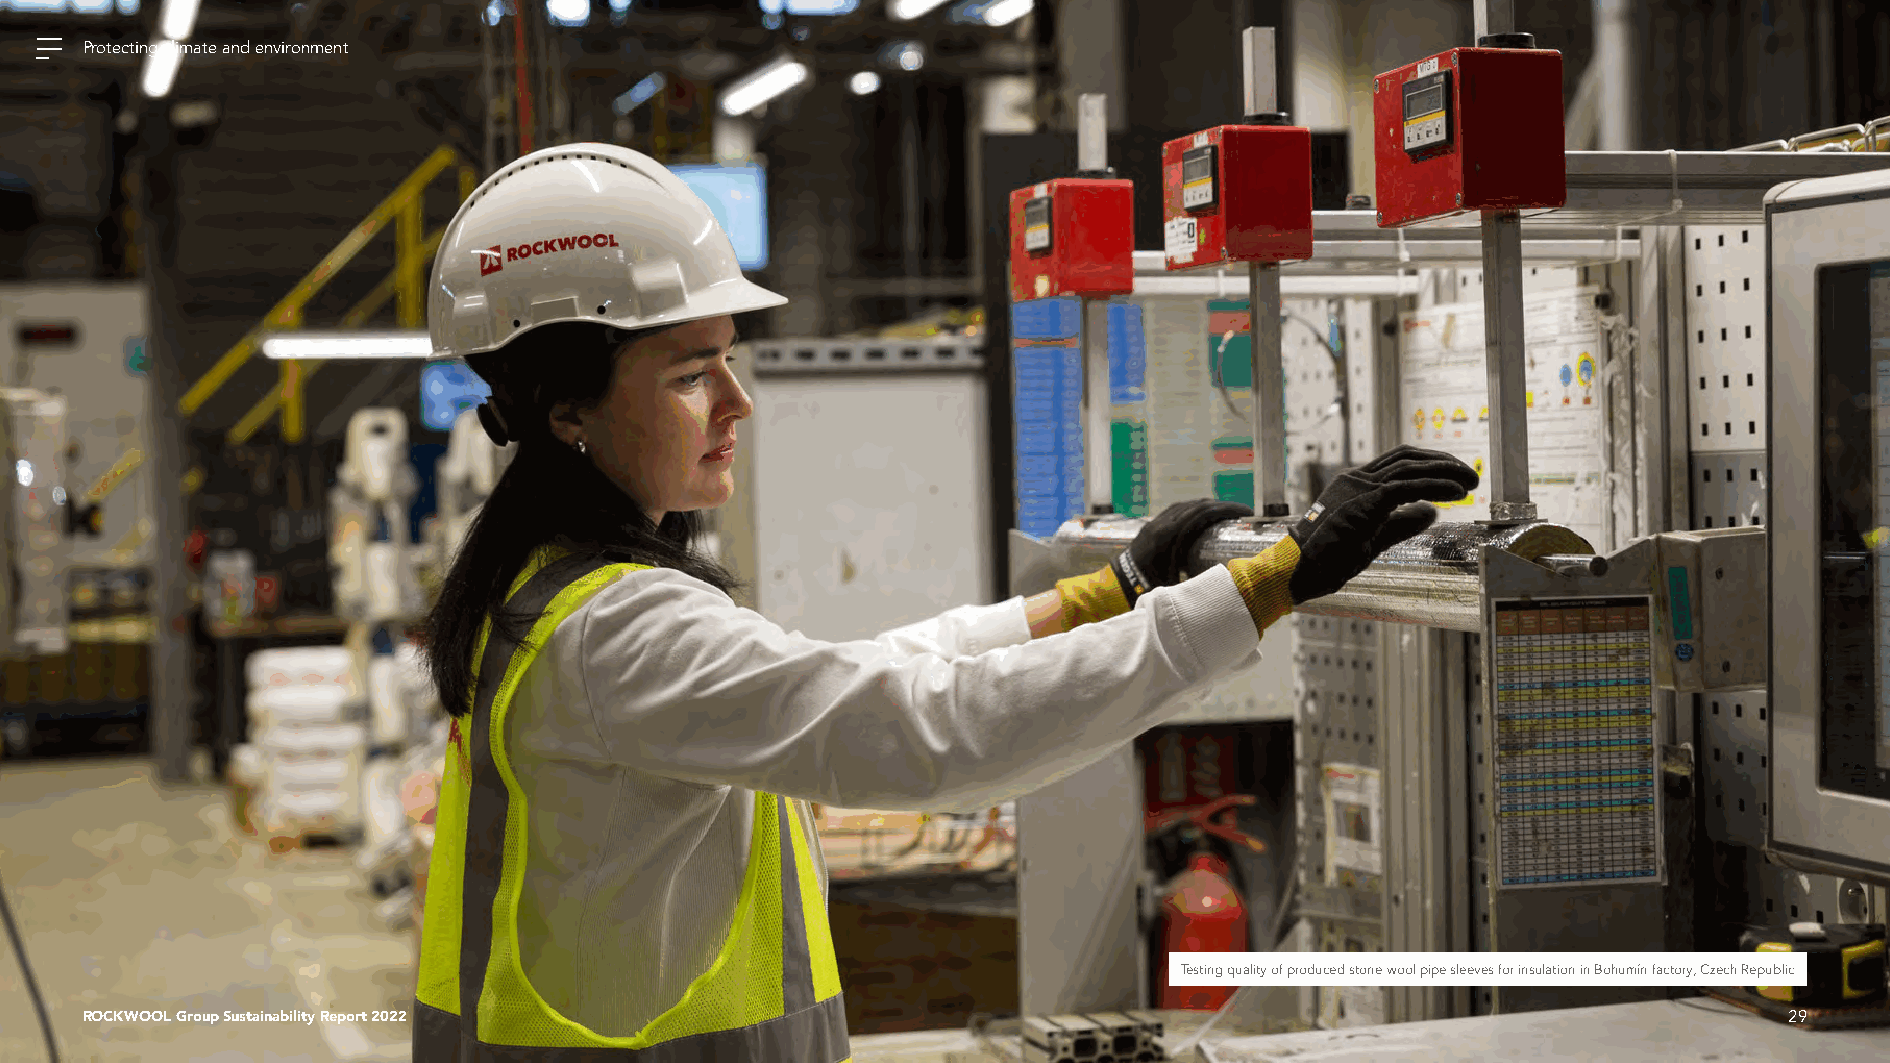
Protecting climate and environment
 Testing quality of produced stone wool pipe sleeves for insulation in Bohumín factory, Czech Republic
 ROCKWOOL Group Sustainability Report 2022                                                                        29